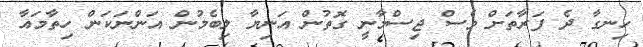
ހިނގާ ދެ ފަރާތަށް ވެސް ޖިސްމާނީ ގޮތުން އަނިޔާ ލިބެމުން އަންނަކަން ހިތާމައާ